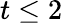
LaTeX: t\leq 2